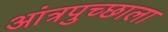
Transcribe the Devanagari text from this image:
आंत्रपुच्छाला